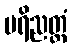
ပရိညတ္ထံ